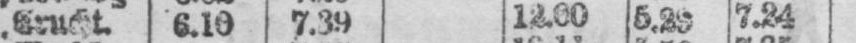
7.24